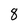
Character: 8